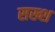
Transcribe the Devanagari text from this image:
सख्श